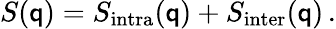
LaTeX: S(\mathsf{q})=S_{\mathrm{{intra}}}(\mathsf{q})+S_{\mathrm{{inter}}}(\mathsf{q})\, .